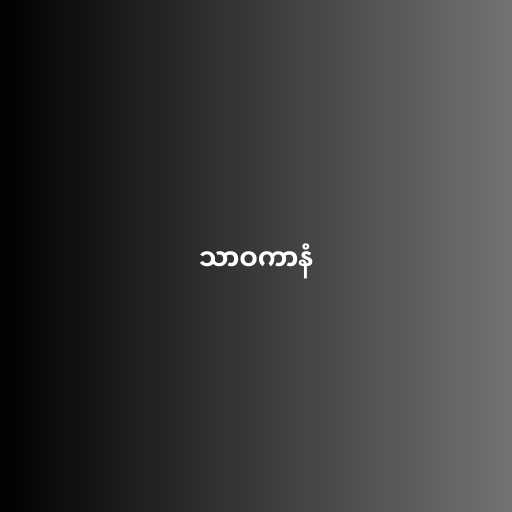
သာဝကာနံ